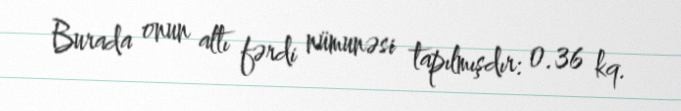
Burada onun altı fərdi nümunəsi tapılmışdır: 0.36 kq.